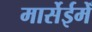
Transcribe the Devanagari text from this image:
मार्सेईमेँ